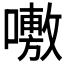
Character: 𭋝